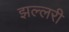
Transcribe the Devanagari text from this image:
झल्लरी